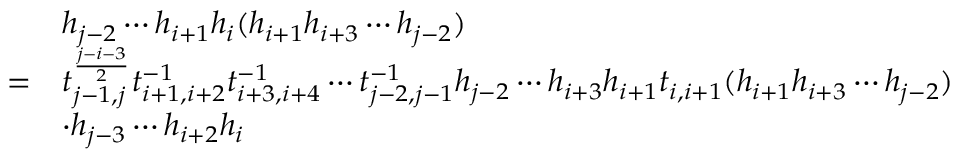
\begin{array} { r l } & { h _ { j - 2 } \cdots h _ { i + 1 } h _ { i } ( h _ { i + 1 } h _ { i + 3 } \cdots h _ { j - 2 } ) } \\ { = } & { t _ { j - 1 , j } ^ { \frac { j - i - 3 } { 2 } } t _ { i + 1 , i + 2 } ^ { - 1 } t _ { i + 3 , i + 4 } ^ { - 1 } \cdots t _ { j - 2 , j - 1 } ^ { - 1 } h _ { j - 2 } \cdots h _ { i + 3 } h _ { i + 1 } t _ { i , i + 1 } ( h _ { i + 1 } h _ { i + 3 } \cdots h _ { j - 2 } ) } \\ & { \cdot h _ { j - 3 } \cdots h _ { i + 2 } h _ { i } } \end{array}